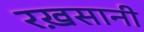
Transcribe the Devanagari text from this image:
रख़सानी